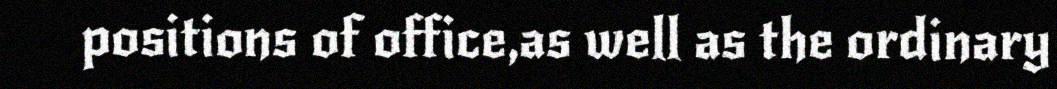
positions of office,as well as the ordinary